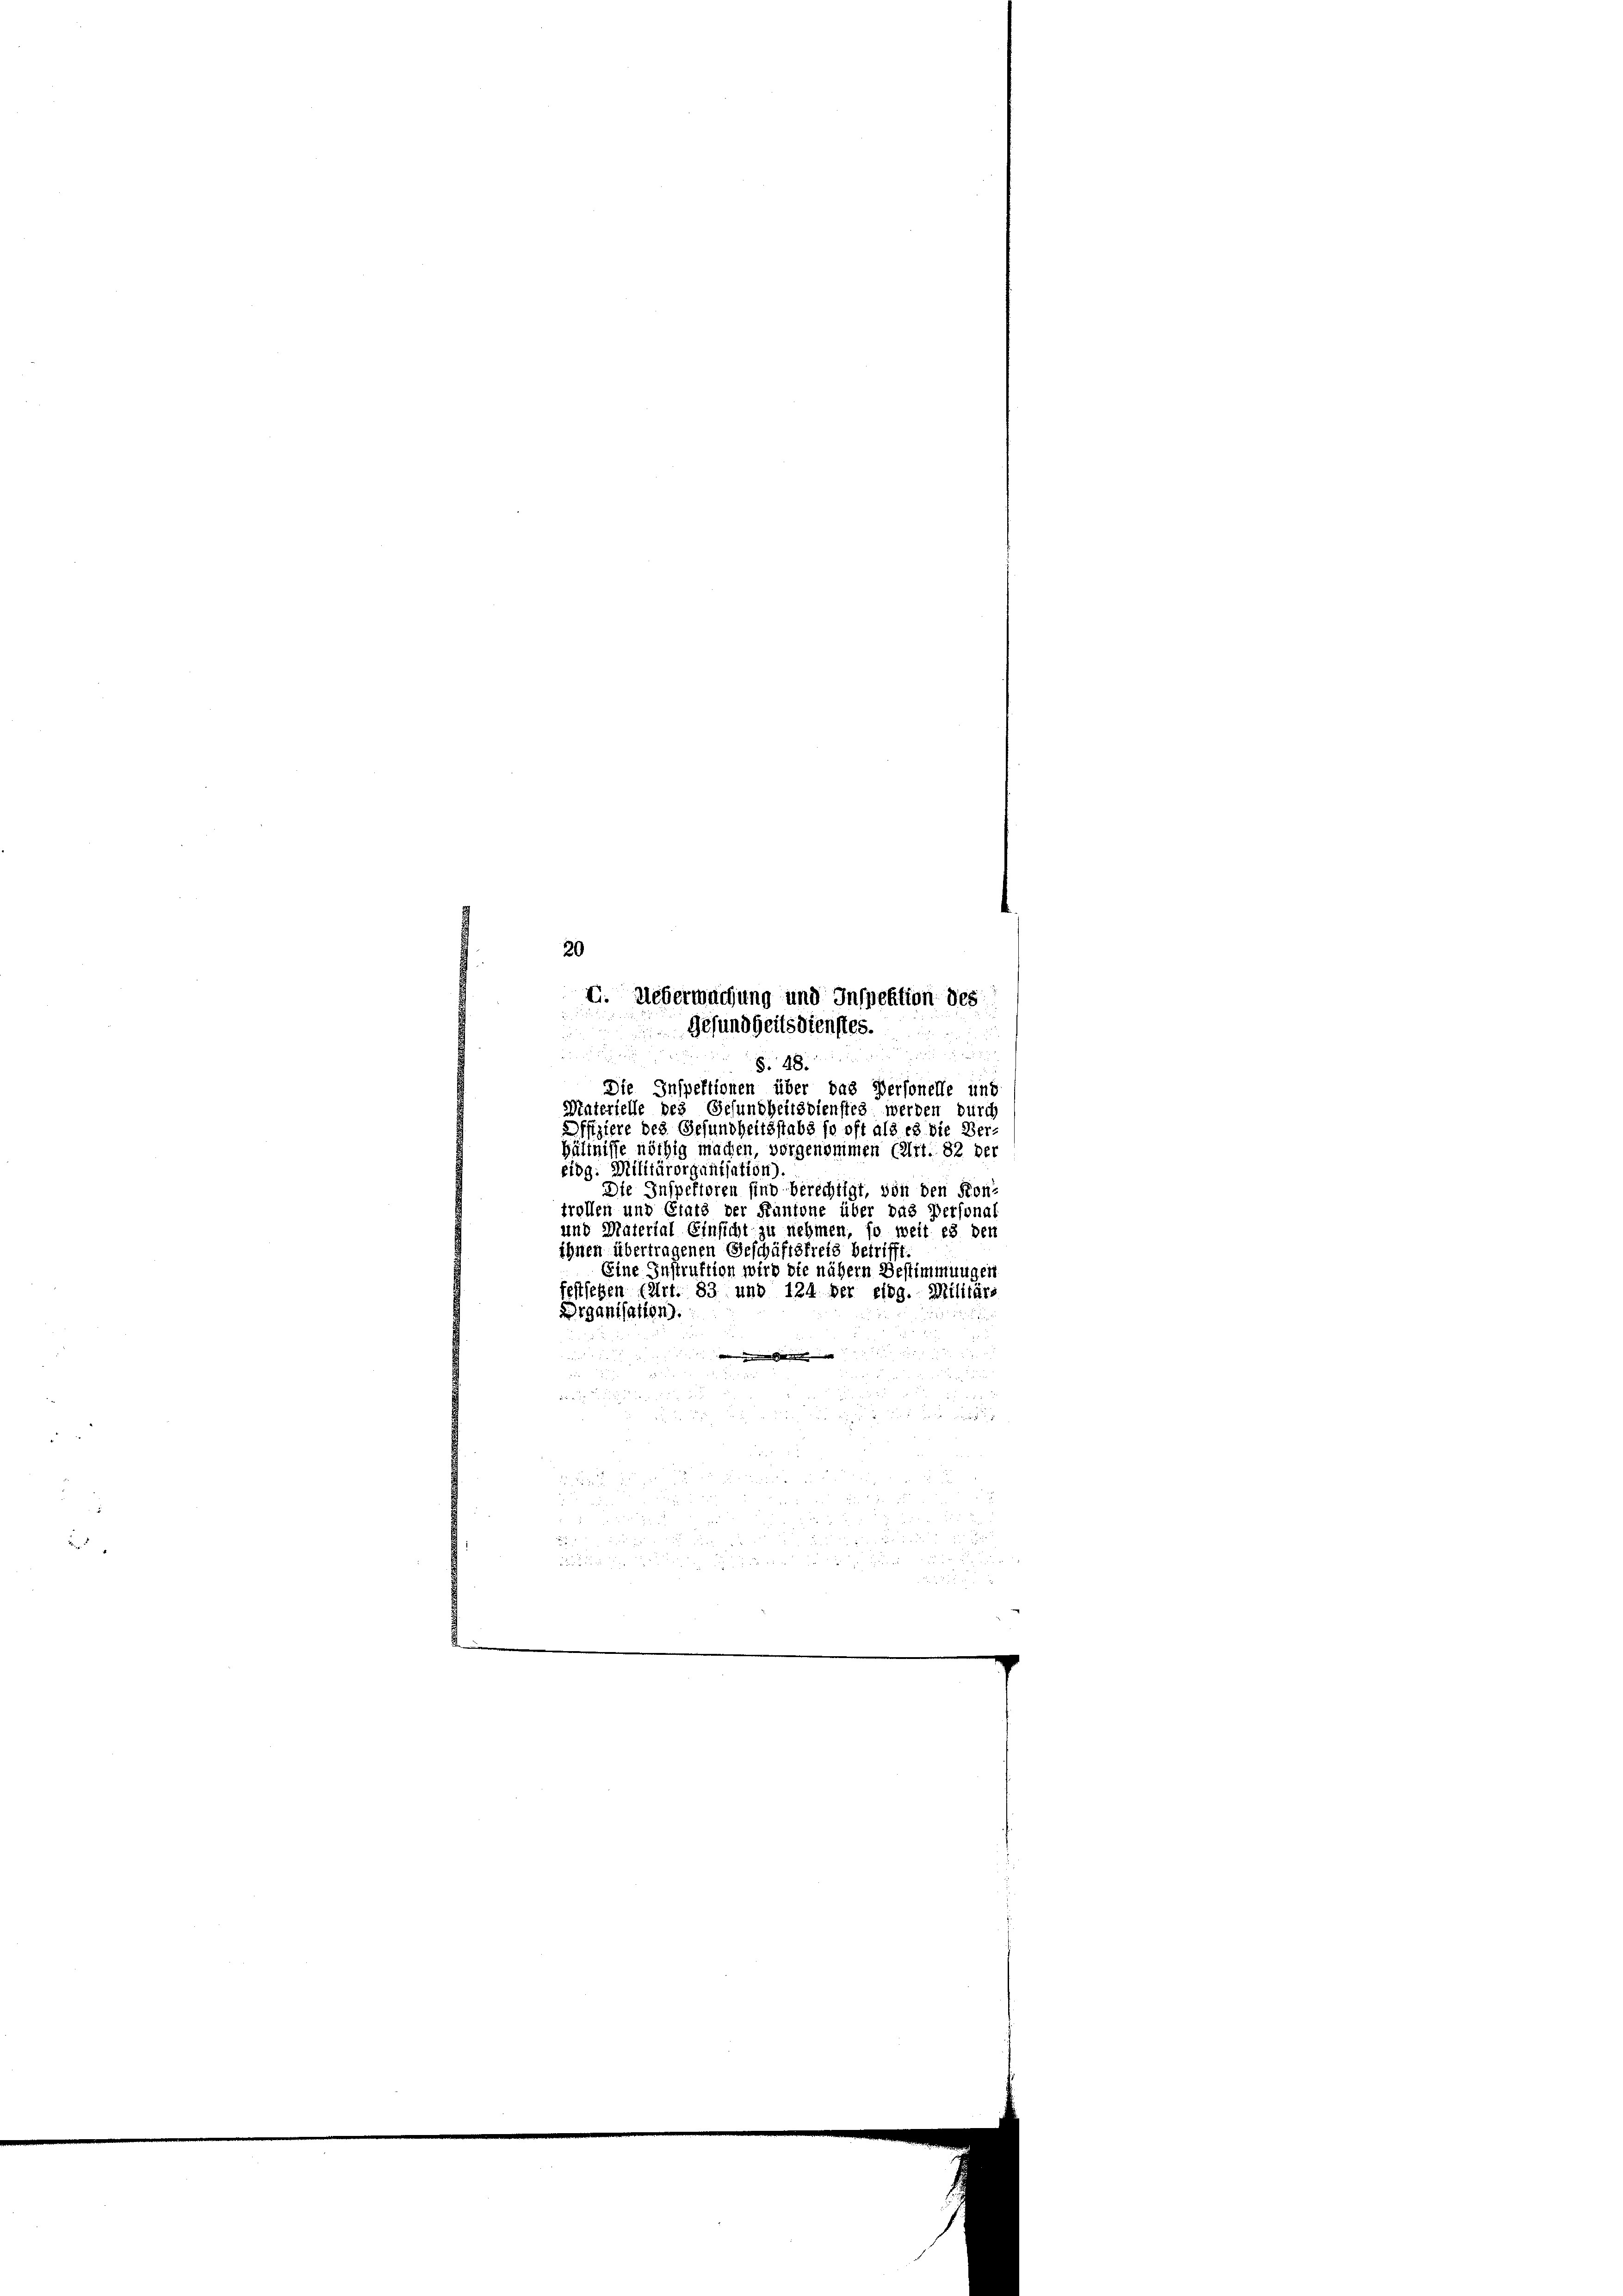
u
Dffiziere des Gesundheitsstabs so oft als es die Ver-
Hältnisse nöthig machen, vorgenommen (Art. 82 der
Eidg. Militärorganisation)
Die Inspektoren sind berechtigt, von den Kon-
trollen und Grats der Kantone über das Personal
und Material Einsicht zu nehmen, so weit es den
ihnen übertragenen Geschäftsfreis betrifft.
Eine Instruktion wird die nähern Bestimmungen
festsetzen (Art. 83 und 124 der eidg. Militärs
Drganisation.
m
i

d

20
G. Ueberwachung und Inspektion des
Gesundheitsdienstes.

§. 48.
Die Inspektionen über das Personelle und
Materielle des Gesundheitsdienstes werden durch